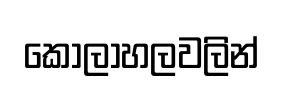
කෝලාහලවලින්